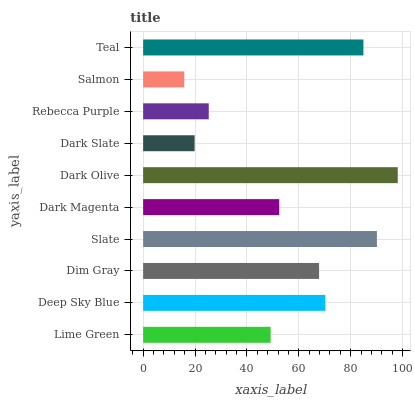
| yaxis_label | bars |
 | --- | --- |
 | Lime Green | 49.2 |
 | Deep Sky Blue | 70.3 |
 | Dim Gray | 67.8 |
 | Slate | 90.1 |
 | Dark Magenta | 52.5 |
 | Dark Olive | 98.2 |
 | Dark Slate | 19.8 |
 | Rebecca Purple | 25.3 |
 | Salmon | 15.9 |
 | Teal | 84.9 |